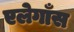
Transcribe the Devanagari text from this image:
एलेगाँस